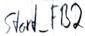
Text: Start_FB2